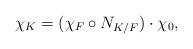
LaTeX: \begin{align*} \chi_K=(\chi_F\circ N_{K/F})\cdot\chi_0,\end{align*}